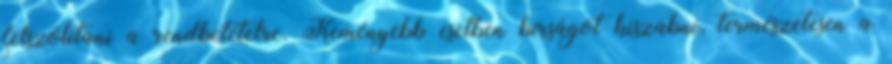
felszólítani a rendbetételre. Keményebb esetben bírságot kiszabni, természetesen a